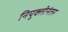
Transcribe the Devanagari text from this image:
नियुक्तीनंतर